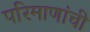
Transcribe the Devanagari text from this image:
परिमाणांची